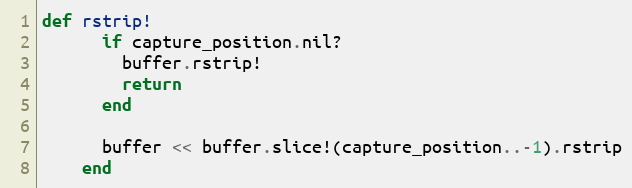
Language: Ruby
def rstrip!
      if capture_position.nil?
        buffer.rstrip!
        return
      end

      buffer << buffer.slice!(capture_position..-1).rstrip
    end